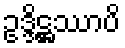
ဥဒ္ဒိဋ္ဌဿာပိ